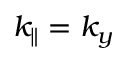
k _ { \| } = k _ { y }